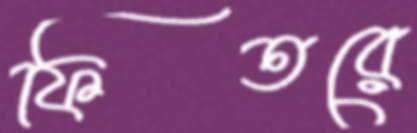
ফিতরে